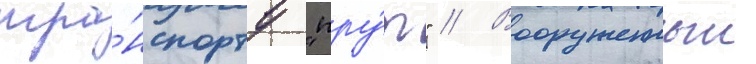
тра́нспорту "пру́т" // Вооруженныи